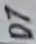
Text: D7